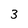
Character: 3